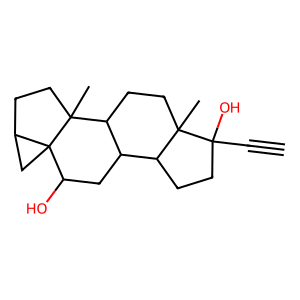
SMILES: C#CC1(O)CCC2C3CC(O)C45CC4CCC5(C)C3CCC21C
Inhibits HIV replication: No